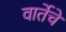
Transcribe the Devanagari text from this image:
वार्तेचे